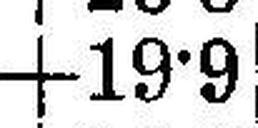
+19•9